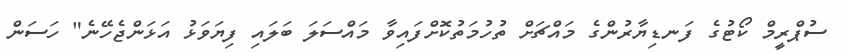
ސުޕްރީމް ކޯޓުގެ ފަނޑިޔާރުންގެ މައްޗަށް ތުހުމަތުކޮށްފައިވާ މައްސަލަ ބަލައި ފިޔަވަޅު އަޅަންޖެހޭނެ" ހަސަން